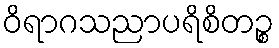
ဝိရာဂသညာပရိစိတဉ္စ